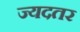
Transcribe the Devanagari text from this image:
ज्यदतर